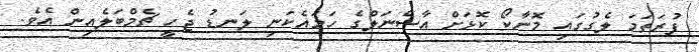
ފުރަތަމަ ލެގުގައި މޮނާކޯ ކޮޅަށް އާސެނަލްގެ ހަަމައެކަނި ލަނޑު ޖެހީ ޗެމްބަލެއިން އެވެ.